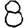
Digit: 8